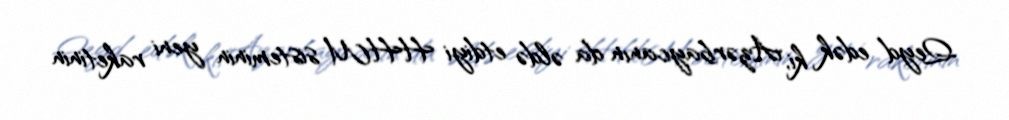
Qeyd edək ki, Azərbaycanın da əldə etdiyi HHM sisteminin yeni raketinin